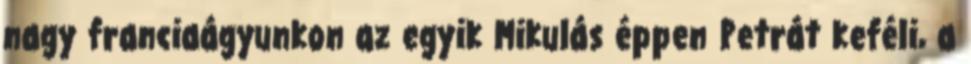
nagy franciaágyunkon az egyik Mikulás éppen Petrát keféli, a